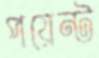
পয়েন্ট